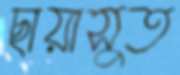
ছায়াসুত